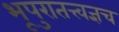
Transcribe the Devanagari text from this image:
भूपुरातत्त्वज्ञच